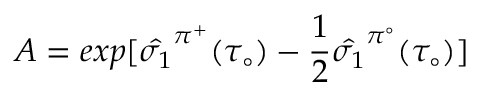
A = e x p [ \hat { \sigma _ { 1 } } ^ { \pi ^ { + } } ( \tau _ { \circ } ) - \frac { 1 } { 2 } \hat { \sigma _ { 1 } } ^ { \pi ^ { \circ } } ( \tau _ { \circ } ) ]